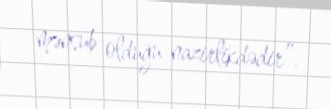
mənsub olduğu nazirlikdədir”.